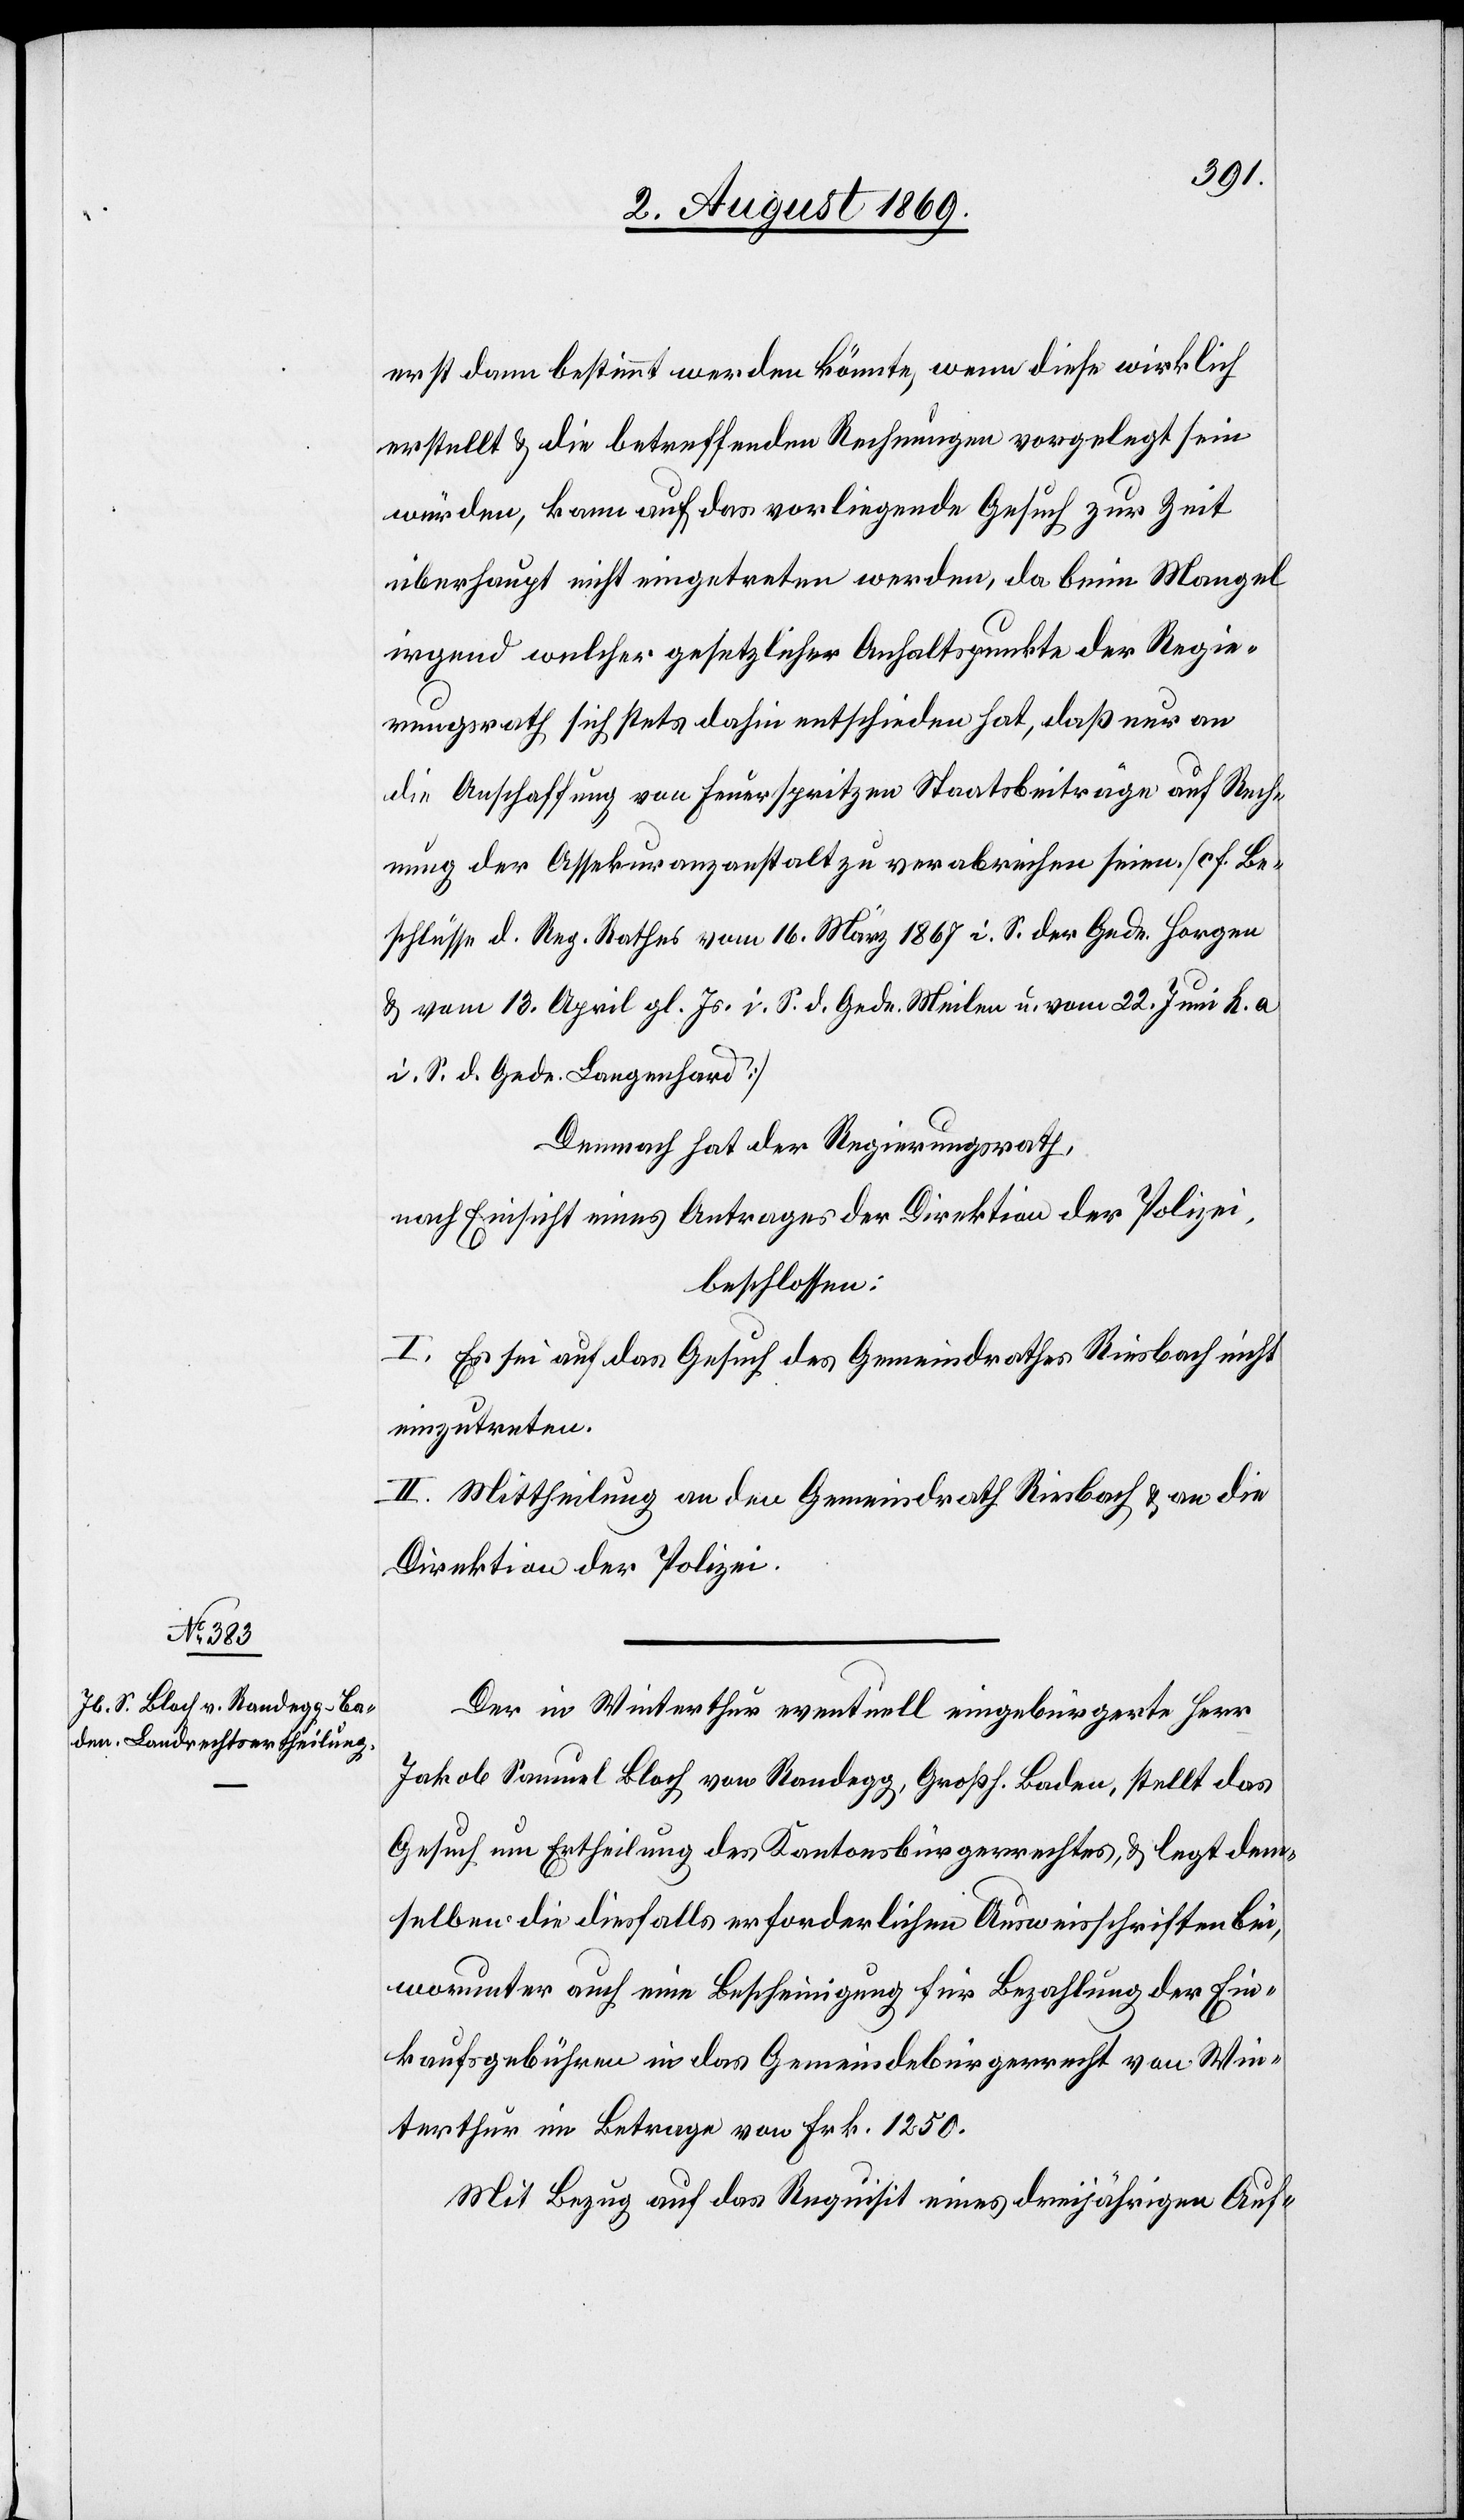
erst dann bestimmt werden könnte, wenn diese wirklich
erstellt & die betreffenden Rechnungen vorgelegt sein
würden, kann auf das vorliegende Gesuch zur Zeit
überhaupt nicht eingetreten werden, da beim Mangel
irgend welcher gesetzlicher Anhaltspunkte der Regie¬
rungsrath sich stets dahin entschieden hat, daß nur an
die Anschaffung von Feuerspritzen Staatsbeiträge auf Rech¬
nung der Assekuranzanstalt zu verabreichen seien. [cf. Be¬
schlüsse d. Reg. Rathes vom 16 März 1867 i. S. der Gede. Horgen
& vom 18 April gl. Js. i. S. d. Ged. Meilen u. vom 22 Juni h. a.
i. S. d. Gede Langenhard]
Demnach hat der Regierungsrath,
nach Einsicht eines Antrages der Direktion der Polizei,
beschlossen:
I. Es sei auf das Gesuch des Gemeindrathes Riesbach nicht
einzutreten.
II. Mittheilung an den Gemeindrath Riesbach & an die
Direktion der Polizei.
Der in Winterthur eventuell eingebürgerte Herr
Jakob Samuel Bloch von Randegg, Großh. Baden, stellt das
Gesuch um Ertheilung des Kantonsbürgerrechtes, & legt dem¬
selben die diesfalls erforderlichen Ausweisschriften bei,
worunter auch eine Bescheinigung für Bezahlung der Ein¬
kaufsgebühren in das Gemeindsbürgerrecht von Win¬
terthur im Betrage von Frk. 1 250.
Mit Bezug auf das Requisit eines dreijährigen Auf-